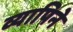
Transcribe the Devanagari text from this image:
व्यापिने